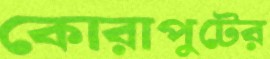
কোরাপুটের